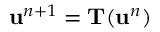
\mathbf u ^ { n + 1 } = \mathbf T ( \mathbf u ^ { n } )